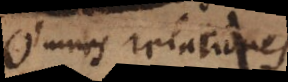
Omnes relationes